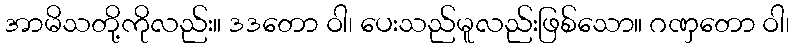
အာမိသတို့ကိုလည်း။ ဒဒတော ဝါ၊ ပေးသည်မူလည်းဖြစ်သော။ ဂဏှတော ဝါ၊